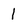
Character: 1